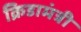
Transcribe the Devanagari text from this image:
क्रिडामंत्री